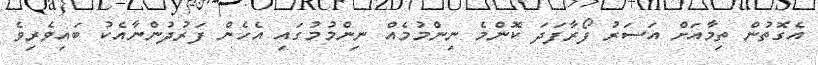
އެގޮތުން ތިމާއަށް އަސަރު ފޯރާފަދަ ކޮންމެ ނިންމުމެއް ނިންމުމުގައި އެހެން ފަރުދުންނާއެކު ބައިވެރިވެ